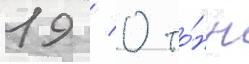
19 / 0 то́нн